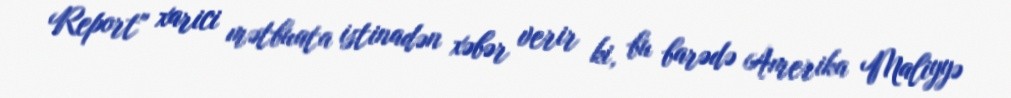
Report" xarici mətbuata istinadən xəbər verir ki, bu barədə Amerika Maliyyə